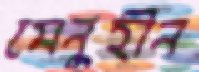
মেনুহীন